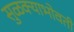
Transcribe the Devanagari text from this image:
सुळक्याभोवती